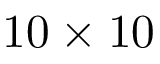
1 0 \times 1 0